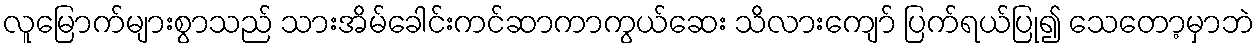
လူမြောက်များစွာသည် သားအိမ်ခေါင်းကင်ဆာကာကွယ်ဆေး သိလားကျော် ပြက်ရယ်ပြု၍ သေတော့မှာဘဲ